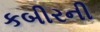
કબીરની